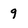
Character: 9